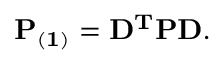
\mathbf { P _ { ( 1 ) } } = \mathbf { D ^ { T } P D } .